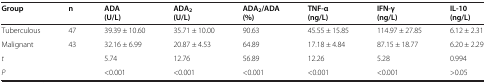
<table><thead><tr><td><b>Group</b></td><td><b>n</b></td><td><b>ADA (U/L)</b></td><td><b>ADA<sub>2 </sub>(U/L)</b></td><td><b>ADA<sub>2</sub>/ADA (%)</b></td><td><b>TNF-α (ng/L)</b></td><td><b>IFN-γ (ng/L)</b></td><td><b>IL-10 (ng/L)</b></td></tr></thead><tbody><tr><td>Tuberculous</td><td>47</td><td>39.39 ± 10.60</td><td>35.71 ± 10.00</td><td>90.63</td><td>45.55 ± 15.85</td><td>114.97 ± 27.85</td><td>6.12 ± 2.31</td></tr><tr><td>Malignant</td><td>43</td><td>32.16 ± 6.99</td><td>20.87 ± 4.53</td><td>64.89</td><td>17.18 ± 4.84</td><td>87.15 ± 18.77</td><td>6.20 ± 2.29</td></tr><tr><td><i>t</i></td><td> </td><td>5.74</td><td>12.76</td><td>56.89</td><td>12.26</td><td>5.28</td><td>0.994</td></tr><tr><td><i>P</i></td><td> </td><td>&lt;0.001</td><td>&lt;0.001</td><td>&lt;0.001</td><td>&lt;0.001</td><td>&lt;0.001</td><td>&gt;0.05</td></tr></tbody></table>